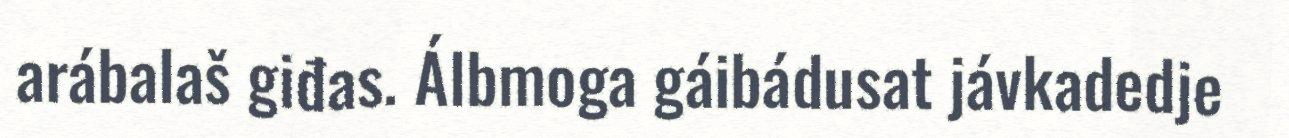
arábalaš giđas. Álbmoga gáibádusat jávkadedje